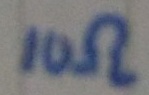
Text: 10Ω